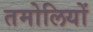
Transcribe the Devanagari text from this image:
तमोलियों